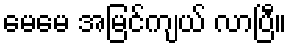
မေမေ အမြင်ကျယ် လာပြီ။